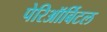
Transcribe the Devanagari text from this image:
पेरिऑर्बिटल